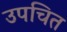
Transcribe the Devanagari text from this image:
उपचित